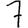
Digit: 7